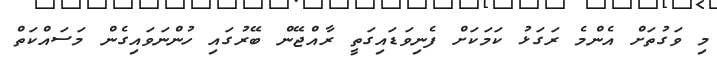
މި ވަގުތަށް އެންމެ ރަގަޅު ކަމަކަށް ފެނިވަޑައިގަތީ ރާއްޖޭން ބޭރުގައި ހުންނަވައިގެން މަސައްކަތް